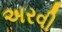
અરવી